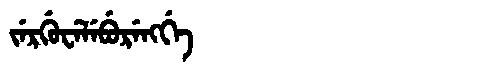
Manchu: ᠵᡝᡵᡤᡠᠸᡝᠯᡝᠪᡠᡵᡝᠩᡤᡝ
Romanization: JERGUWELEBURENGGE